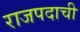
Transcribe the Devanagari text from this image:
राजपदाची